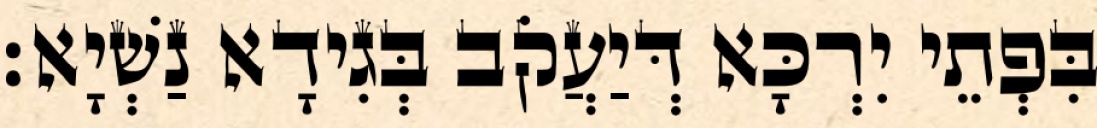
בִּפְתֵי יִרְכָּא דְּיַעֲקֹב בְּגִידָא נַשְׁיָא׃